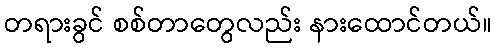
တရားခွင် စစ်တာတွေလည်း နားထောင်တယ်။